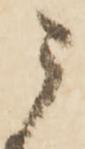
う